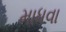
માધવા